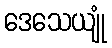
ဒေသေယျုံ